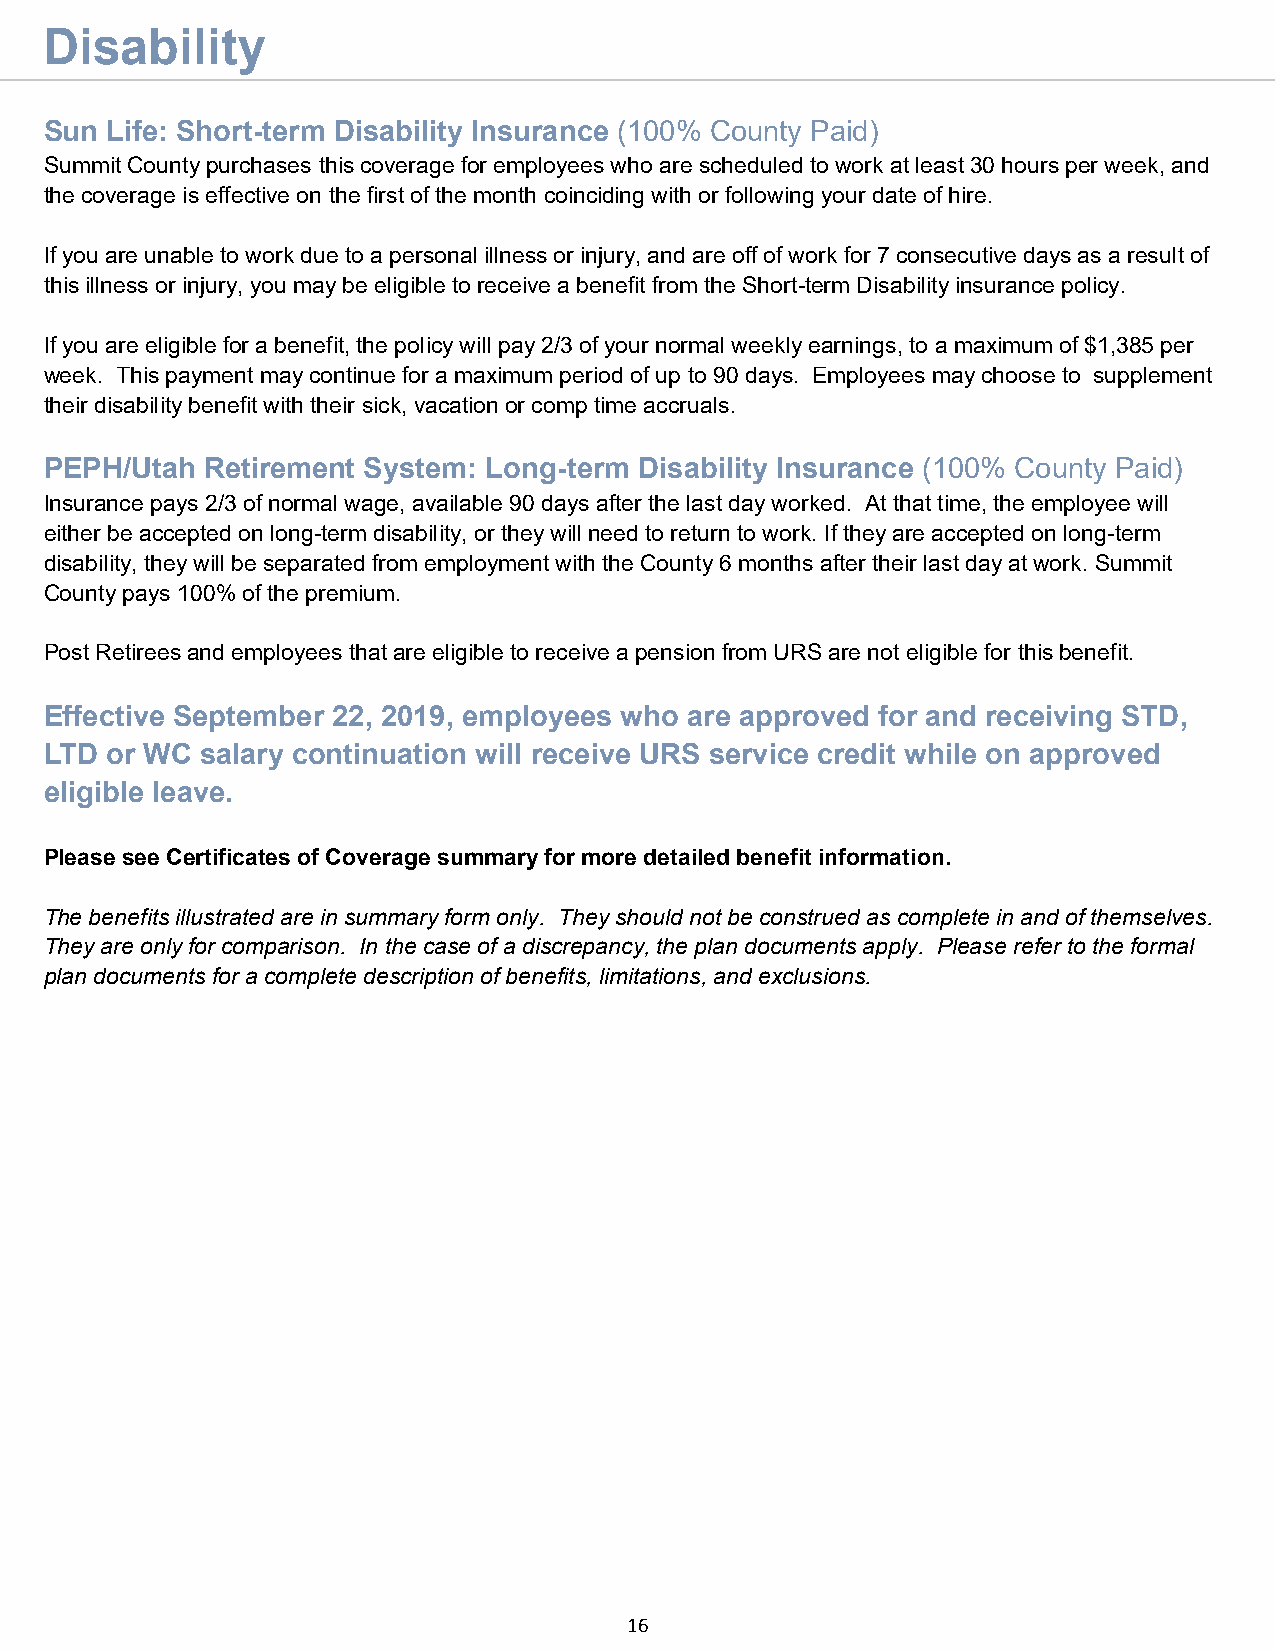
Disability
 Sun Life: Short-term Disability Insurance (100% County Paid)
 Summit County purchases this coverage for employees who are scheduled to work at least 30 hours per week, and
 the coverage is effective on the first of the month coinciding with or following your date of hire.
 If you are unable to work due to a personal illness or injury, and are off of work for 7 consecutive days as a result of
 this illness or injury, you may be eligible to receive a benefit from the Short-term Disability insurance policy.
 If you are eligible for a benefit, the policy will pay 2/3 of your normal weekly earnings, to a maximum of $1,385 per
 week. This payment may continue for a maximum period of up to 90 days. Employees may choose to supplement
 their disability benefit with their sick, vacation or comp time accruals.
 PEPH/Utah Retirement System: Long-term Disability Insurance (100% County Paid)
 Insurance pays 2/3 of normal wage, available 90 days after the last day worked. At that time, the employee will
 either be accepted on long-term disability, or they will need to return to work. If they are accepted on long-term
 disability, they will be separated from employment with the County 6 months after their last day at work. Summit
 County pays 100% of the premium.
 Post Retirees and employees that are eligible to receive a pension from URS are not eligible for this benefit.
 Effective September 22, 2019, employees who are approved for and receiving STD,
 LTD or WC salary continuation will receive URS service credit while on approved
 eligible leave.
 Please see Certificates of Coverage summary for more detailed benefit information.
 The benefits illustrated are in summary form only. They should not be construed as complete in and of themselves.
 They are only for comparison. In the case of a discrepancy, the plan documents apply. Please refer to the formal
 plan documents for a complete description of benefits, limitations, and exclusions.
 16